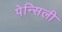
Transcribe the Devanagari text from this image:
पेन्सिली